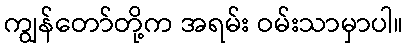
ကျွန်တော်တို့က အရမ်း ဝမ်းသာမှာပါ။